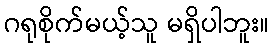
ဂရုစိုက်မယ့်သူ မရှိပါဘူး။